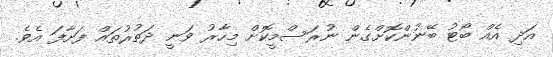
އަދި އެއް ބޯޓު ބޭނުންކޮށްގެން ނުރަސްމީކޮށް މިހާރު ވަނީ ދަތުރުތައް ފަށާފަ އެވެ.